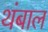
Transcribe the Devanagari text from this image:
थंबाल